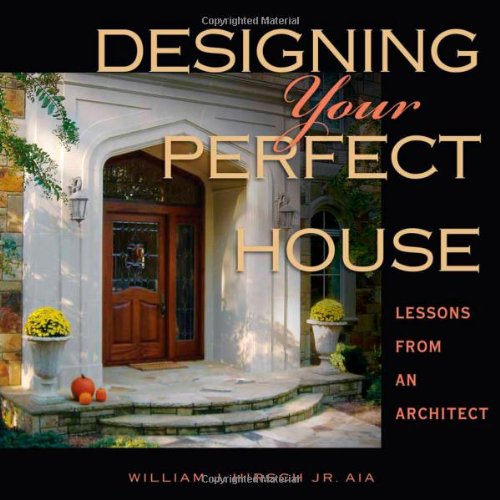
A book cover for Designing Your Perfect House: Lessons from an Architect; William J. Hirsch Jr. AIA; Crafts, Hobbies & Home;